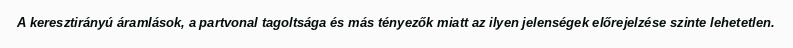
A keresztirányú áramlások, a partvonal tagoltsága és más tényezők miatt az ilyen jelenségek előrejelzése szinte lehetetlen.